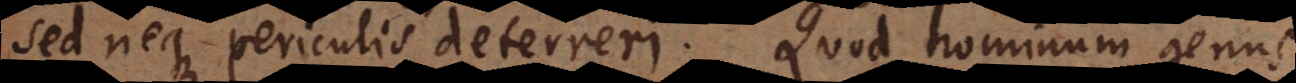
sed neque periculis deterreri. Quod hominum genus